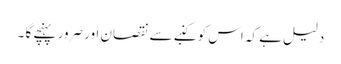
دلیل ہے کہ اس کو کنبے سے نقصان اور صرور پہنچے گا ۔